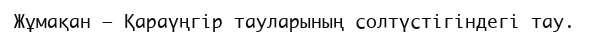
Жұмақан – Қараүңгір тауларының солтүстігіндегі тау.